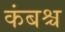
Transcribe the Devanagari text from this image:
कंबश्च